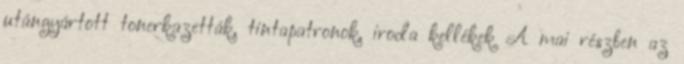
utángyártott tonerkazetták, tintapatronok, iroda kellékek A mai részben az